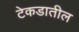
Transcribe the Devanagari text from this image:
टेकडातील